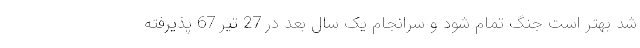
شد بهتر است جنگ تمام شود و سرانجام یک سال بعد در 27 تیر 67 پذیرفته